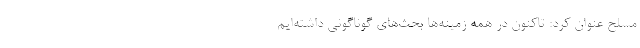
مسلح عنوان کرد: تاکنون در همه زمینه‌ها بحث‌های گوناگونی داشته‌ایم